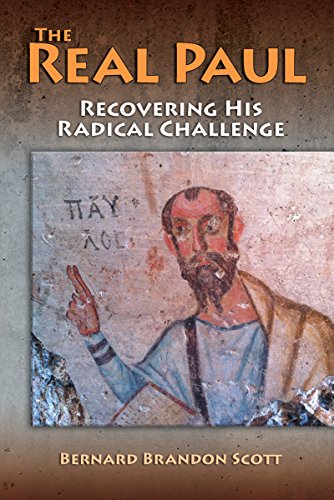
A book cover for The Real Paul: Recovering His Radical Challenge; Bernard Brandon Scott; Christian Books & Bibles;